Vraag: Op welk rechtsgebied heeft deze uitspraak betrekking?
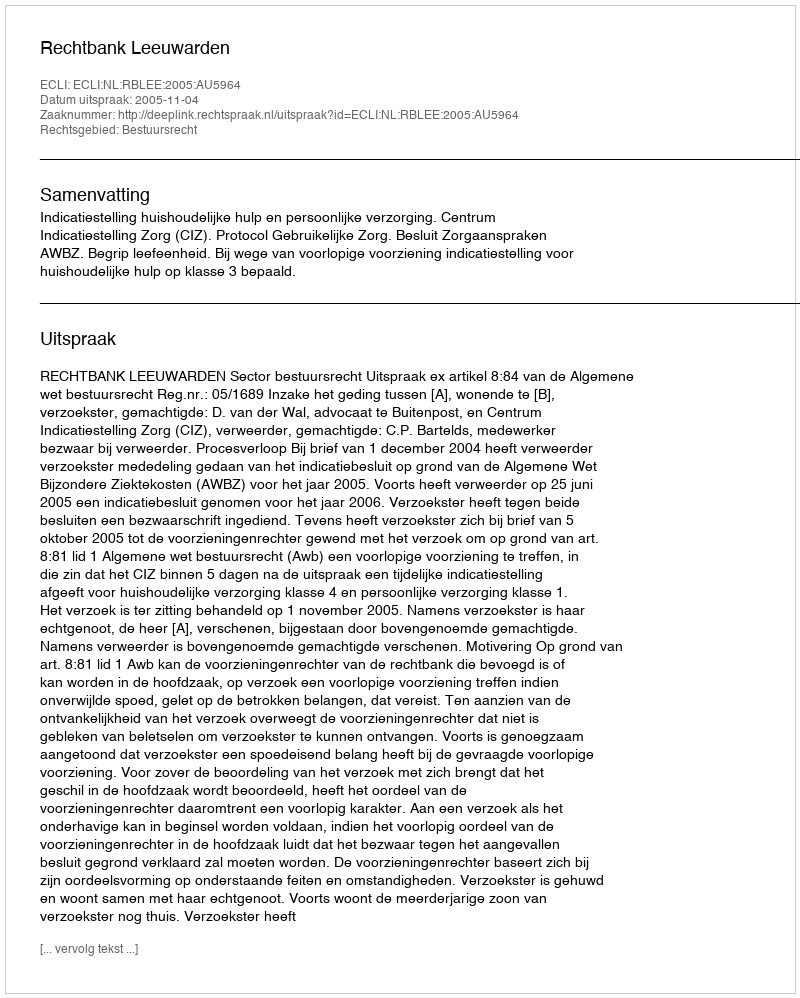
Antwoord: Bestuursrecht